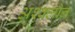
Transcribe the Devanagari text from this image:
अश्क्लोन